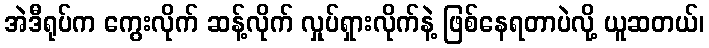
အဲဒီရုပ်က ကွေးလိုက် ဆန့်လိုက် လှုပ်ရှားလိုက်နဲ့ ဖြစ်နေရတာပဲလို့ ယူဆတယ်၊